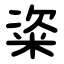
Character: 粢